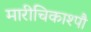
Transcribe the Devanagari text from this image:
मारीचिकाश्पौ